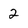
Character: 2